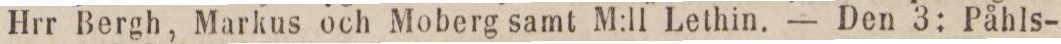
Hrr Bergh, Markus och Moberg samt M:ll Lethin. — Den 3: Påhls-